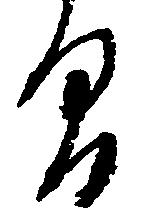
間